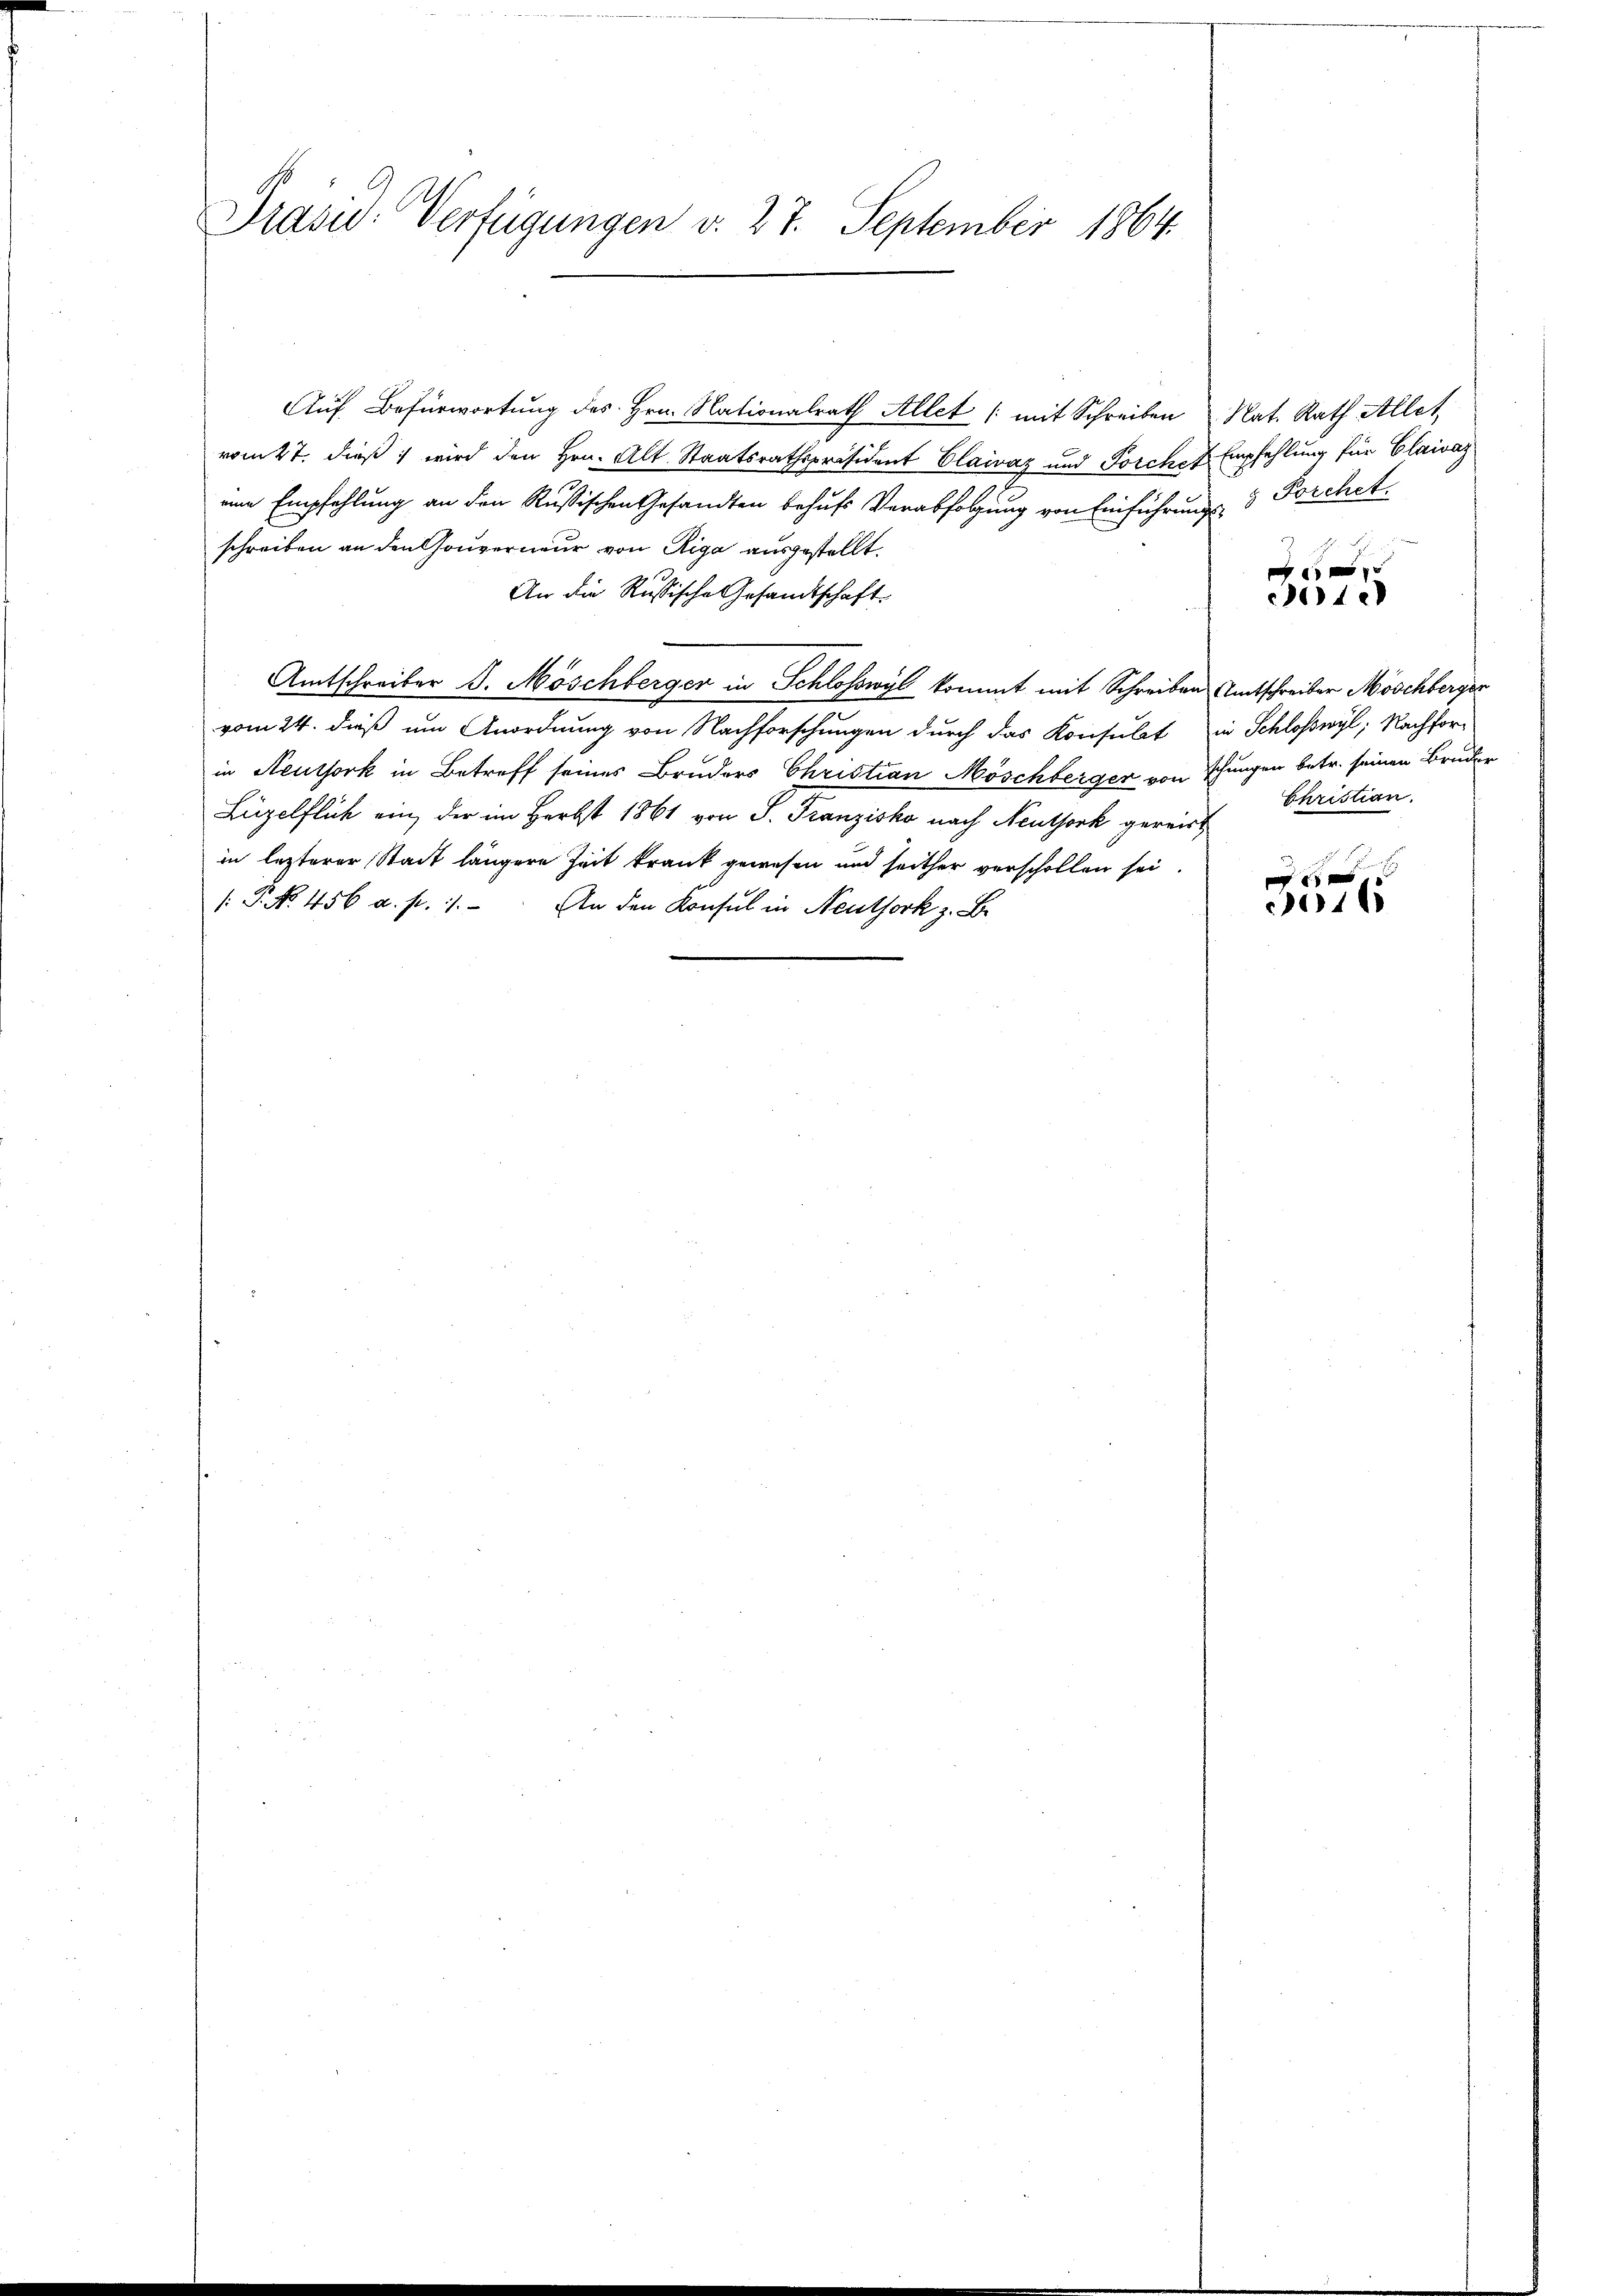
Prasid: Verfügungen v. 27. September 1864.

Auf Befürwortung des Hrn. Nationalrath Allet /: mit Schreiben Nat. Rath Allet
vom 27. dieß wird den Hrn. Alt Staatsrathspräsident Claivaz und Forchst Empfehlung für Claivay
eine Empfehlung an den Rußischen Gesandten behufs Verabfolgung von Einführungs- & Porchet
schreiben an den Gouverneur von Riga ausgestellt.
An die Russische Gesandtschaft.
Amtschreiber d. Möschberger in Schlosswyl kommt mit Schreiben Amtschreiber Möschberger
vom 24. dieß um Anordnung von Nachforschungen durch das Konsulat in Schloßwyl, Nachforin Neuthork in Betreff seines Bruders Christian Möschberger von schungen betr. seinen Bruder
Lüzelflich ein, der im Herbst 1861 von P. Franzisko nach Neuthork gereist
in lezterer Stadt längere Zeit krank gewesen und seither verschollen sei.
/: P. No. 456 a. p. 1. An den Konsul in Neuthork z. B.

e
ie

Christian.

e
014